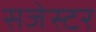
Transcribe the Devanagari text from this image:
सजेस्टर